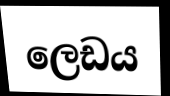
ලෙඩය